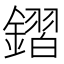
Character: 𨫧